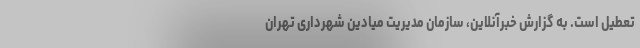
تعطیل است. به گزارش خبرآنلاین، سازمان مدیریت میادین شهرداری تهران